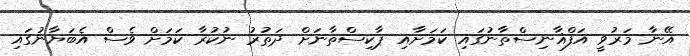
އޭނާ މަރުވީ އަފްޣާނިސްތާނުގައި ކަމަށާއި ޕާކިސްތާނަށް ދަތުރު ނުކުރާ ކަމަށް ވެސް އެބަޔާނުގައި